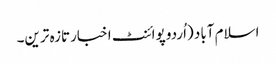
اسلام آباد (اُردو پوائنٹ اخبارتازہ ترین۔